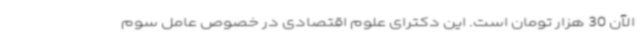
الآن 30 هزار تومان است. این دکترای علوم اقتصادی در خصوص عامل سوم